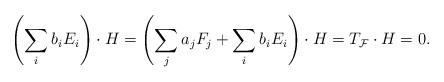
LaTeX: \begin{align*} \left(\sum_i b_i E_i\right)\cdot H =\left(\sum_{j}{a_j}F_j+\sum_i b_i E_i\right)\cdot H=T_\mathcal{F}\cdot H =0.\end{align*}